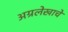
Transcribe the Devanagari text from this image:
अग्रलेखाचे